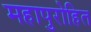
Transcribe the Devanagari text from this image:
महापुरोहित